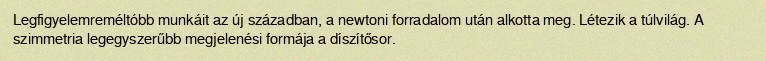
Legfigyelemreméltóbb munkáit az új században, a newtoni forradalom után alkotta meg. Létezik a túlvilág. A szimmetria legegyszerűbb megjelenési formája a díszítősor.